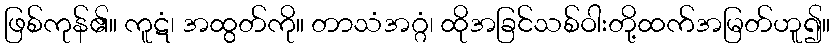
ဖြစ်ကုန်၏။ ကူဋံ၊ အထွတ်ကို။ တာသံအဂ္ဂံ၊ ထိုအခြင်သစ်ဝါးတို့ထက်အမြတ်ဟူ၍။